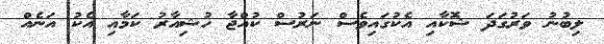
ލިބުނު ވަރުގަދަ ޝޮކާއި އެކުގައިވެސް ނަރުސް ކުއްޖާ ހުޝިއާރު ކަމާއި އެކު އަނެއް